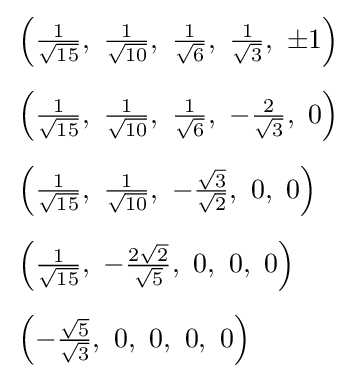
{\begin{aligned}&\left({\tfrac {1}{\sqrt {15}}},\ {\tfrac {1}{\sqrt {10}}},\ {\tfrac {1}{\sqrt {6}}},\ {\tfrac {1}{\sqrt {3}}},\ \pm 1\right)\\[5pt]&\left({\tfrac {1}{\sqrt {15}}},\ {\tfrac {1}{\sqrt {10}}},\ {\tfrac {1}{\sqrt {6}}},\ -{\tfrac {2}{\sqrt {3}}},\ 0\right)\\[5pt]&\left({\tfrac {1}{\sqrt {15}}},\ {\tfrac {1}{\sqrt {10}}},\ -{\tfrac {\sqrt {3}}{\sqrt {2}}},\ 0,\ 0\right)\\[5pt]&\left({\tfrac {1}{\sqrt {15}}},\ -{\tfrac {2{\sqrt {2}}}{\sqrt {5}}},\ 0,\ 0,\ 0\right)\\[5pt]&\left(-{\tfrac {\sqrt {5}}{\sqrt {3}}},\ 0,\ 0,\ 0,\ 0\right)\end{aligned}}